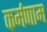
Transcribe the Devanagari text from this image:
कर्मणाम